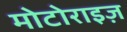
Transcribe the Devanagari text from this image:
मोटोराइज़